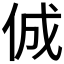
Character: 𠉛